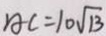
A C = 1 0 \sqrt { 1 3 }